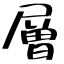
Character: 層